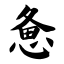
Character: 惫